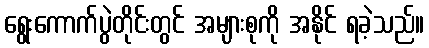
ရွေးကောက်ပွဲတိုင်းတွင် အများစုကို အနိုင် ရခဲ့သည်။